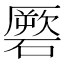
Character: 𥕳